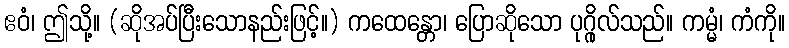
ဧဝံ၊ ဤသို့။ (ဆိုအပ်ပြီးသောနည်းဖြင့်။) ကထေန္တော၊ ပြောဆိုသော ပုဂ္ဂိုလ်သည်။ ကမ္မံ၊ ကံကို။